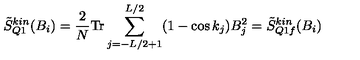
\tilde { S } _ { Q 1 } ^ { k i n } ( B _ { i } ) = \frac { 2 } { N } \mathrm { T r } \sum _ { j = - L / 2 + 1 } ^ { L / 2 } ( 1 - \cos k _ { j } ) B _ { j } ^ { 2 } = \tilde { S } _ { Q 1 f } ^ { k i n } ( B _ { i } )